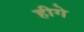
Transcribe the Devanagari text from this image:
हीगे